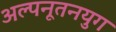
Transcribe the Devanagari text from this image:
अल्पनूतनयुग